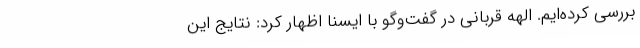
بررسی کرده‌ایم. الهه قربانی در گفت‌وگو با ایسنا اظهار کرد: نتایج این